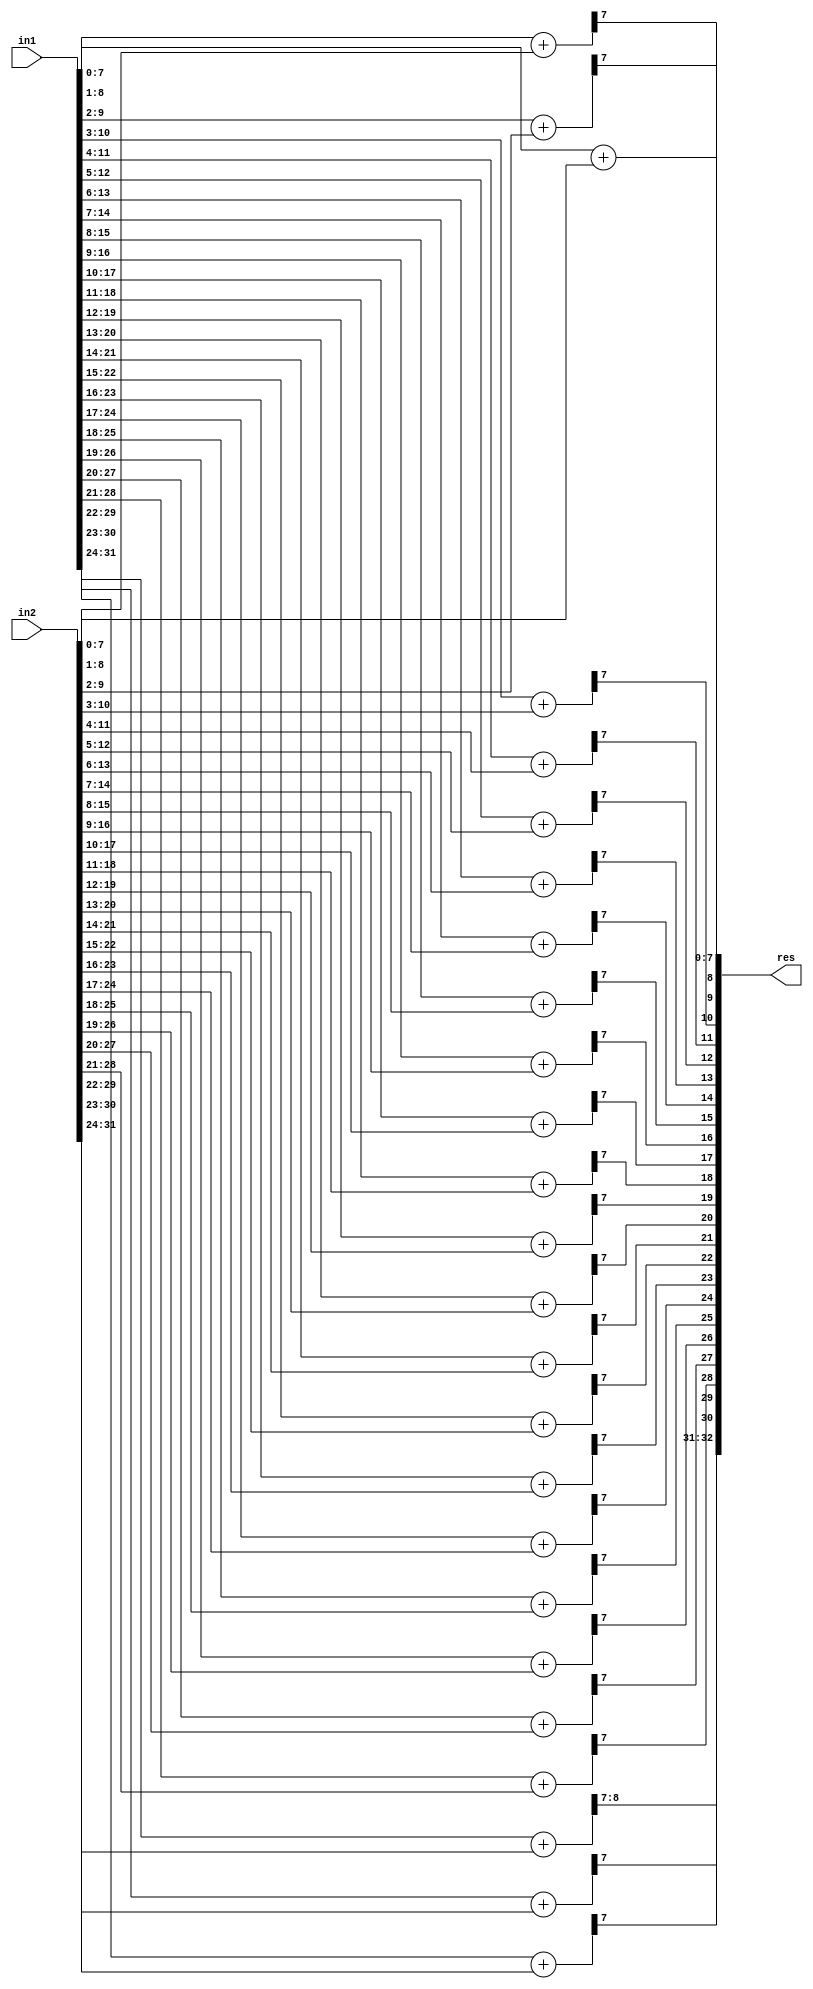
`timescale 1ns / 1ps
//////////////////////////////////////////////////////////////////////////////////
// Company: 
// Engineer: 
// 
// Create Date:    
// Design Name: 
// Module Name:    ACA_I_N32_Q8 
// Project Name: 
// Target Devices: 
// Tool versions: 
// Description: 
//
// Dependencies: 
//
// Revision: 
// Revision 0.01 - File Created
// Additional Comments: 
//
//////////////////////////////////////////////////////////////////////////////////
module ACA_I_N32_Q8(
    input [31:0] in1,
    input [31:0] in2,
    output [32:0] res
    );

wire [8:0] temp1,temp2,temp3,temp4,temp5,temp6,temp7,temp8,temp9,temp10;
wire [8:0] temp11,temp12,temp13,temp14,temp15,temp16,temp17,temp18,temp19;
wire [8:0] temp20,temp21,temp22,temp23,temp24,temp25;

assign temp1[8:0] = in1[7:0] + in2[7:0];
assign temp2[8:0] = in1[8:1] + in2[8:1];
assign temp3[8:0] = in1[9:2] + in2[9:2];
assign temp4[8:0] = in1[10:3] + in2[10:3];
assign temp5[8:0] = in1[11:4] + in2[11:4];
assign temp6[8:0] = in1[12:5] + in2[12:5];
assign temp7[8:0] = in1[13:6] + in2[13:6];
assign temp8[8:0] = in1[14:7] + in2[14:7];
assign temp9[8:0] = in1[15:8] + in2[15:8];
assign temp10[8:0] = in1[16:9] + in2[16:9];
assign temp11[8:0] = in1[17:10] + in2[17:10];
assign temp12[8:0] = in1[18:11] + in2[18:11];
assign temp13[8:0] = in1[19:12] + in2[19:12];
assign temp14[8:0] = in1[20:13] + in2[20:13];
assign temp15[8:0] = in1[21:14] + in2[21:14];
assign temp16[8:0] = in1[22:15] + in2[22:15];
assign temp17[8:0] = in1[23:16] + in2[23:16];
assign temp18[8:0] = in1[24:17] + in2[24:17];
assign temp19[8:0] = in1[25:18] + in2[25:18];
assign temp20[8:0] = in1[26:19] + in2[26:19];
assign temp21[8:0] = in1[27:20] + in2[27:20];
assign temp22[8:0] = in1[28:21] + in2[28:21];
assign temp23[8:0] = in1[29:22] + in2[29:22];
assign temp24[8:0] = in1[30:23] + in2[30:23];
assign temp25[8:0] = in1[31:24] + in2[31:24];

assign res[32:0] = {temp25[8:7],temp24[7],temp23[7],temp22[7],temp21[7],temp20[7],temp19[7],temp18[7],temp17[7],temp16[7],temp15[7],temp14[7],temp13[7],temp12[7],temp11[7],temp10[7],temp9[7],temp8[7],temp7[7],temp6[7],temp5[7],temp4[7],temp3[7],temp2[7],temp1[7:0]};

endmodule